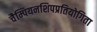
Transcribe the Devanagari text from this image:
चैम्पियनशिपप्रतियोगिता